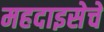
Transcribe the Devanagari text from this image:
महदाइसेचे